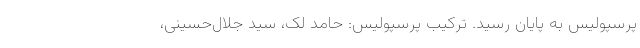
پرسپولیس به پایان رسید. ترکیب پرسپولیس: حامد لک، سید جلال‌حسینی،